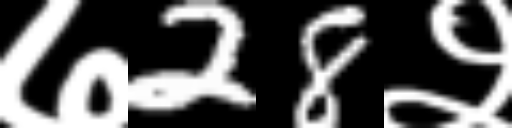
Text: ७28२